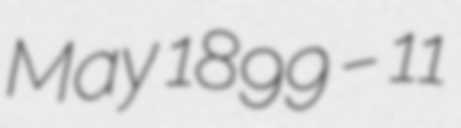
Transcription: May 1899 – 11